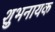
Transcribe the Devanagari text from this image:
शुभनायक